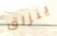
ينزلق